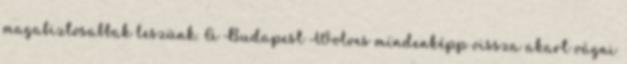
magabiztosabbak leszünk. A Budapest Wolves mindenképp vissza akart vágni